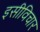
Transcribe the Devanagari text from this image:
इसीविचार